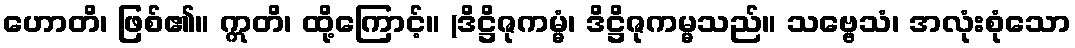
ဟောတိ၊ ဖြစ်၏။ ဣတိ၊ ထို့ကြောင့်။ (ဒိဋ္ဌိဇုကမ္မံ၊ ဒိဋ္ဌိဇုကမ္မသည်။ သဗ္ဗေသံ၊ အလုံးစုံသော